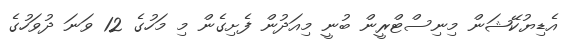
އެޑިޔުކޭޝަން މިނިސްޓްރީން ބުނީ މިއަދުން ފެށިގެން މި މަހުގެ 12 ވަނަ ދުވަހުގެ